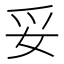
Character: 妥